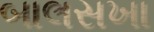
બાલસખા